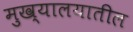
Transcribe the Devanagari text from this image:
मुख्यालयातील